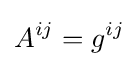
A^{ij}=g^{ij}